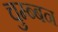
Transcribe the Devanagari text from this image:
चुम्ब्बन